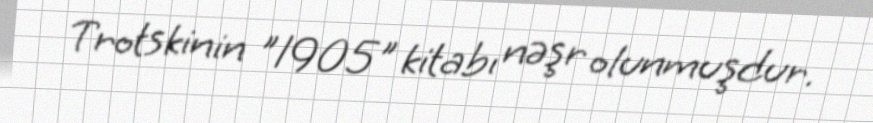
Trotskinin "1905" kitabı nəşr olunmuşdur.